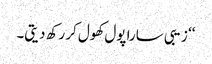
‘‘ زیبی سارا پول کھول کر رکھ دیتی۔